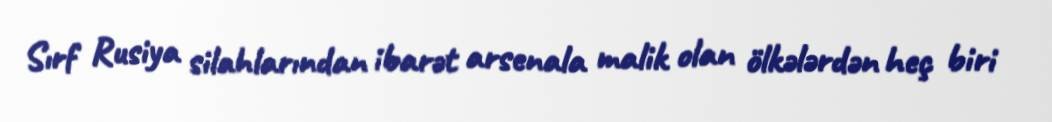
Sırf Rusiya silahlarından ibarət arsenala malik olan ölkələrdən heç biri